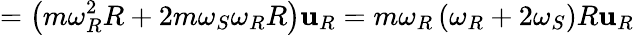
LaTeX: =\left(m\omega_{R}^{2}R+2m\omega_{S}\omega_{R}R\right)\mathbf{u}_{R}=m\omega_{R}\left(\omega_{R}+2\omega_{S}\right)R\mathbf{u}_{R}